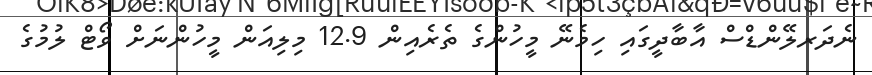
ނެދަރލޭންޑްސް އާބާދީގައި ހިމެނޭ މީހުންގެ ތެރެއިން 12.9 މިލިއަން މީހުންނަށް ވޯޓް ލުމުގެ